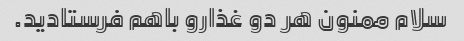
سلام ممنون هر دو غذارو باهم فرستادید.